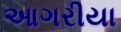
આગરીયા